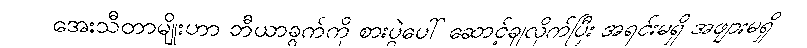
အေးသီတာမျိုးဟာ ဘီယာခွက်ကို စားပွဲပေါ် ဆောင့်ချလိုက်ပြီး အရင်းမရှိ အဖျားမရှိ